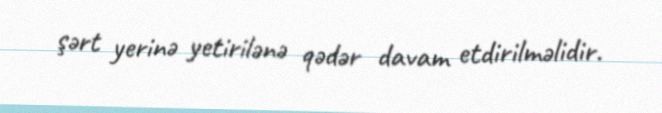
şərt yerinə yetirilənə qədər davam etdirilməlidir.